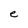
Character: e